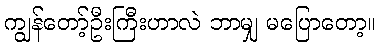
ကျွန်တော့်ဦးကြီးဟာလဲ ဘာမျှ မပြောတော့။